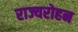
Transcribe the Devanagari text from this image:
राज्यरोहन